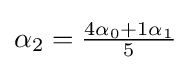
{\textstyle \alpha _{2}={{4\alpha _{0}+1\alpha _{1}} \over 5}}